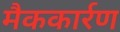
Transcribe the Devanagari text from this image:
मैककार्रण